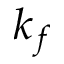
k _ { f }